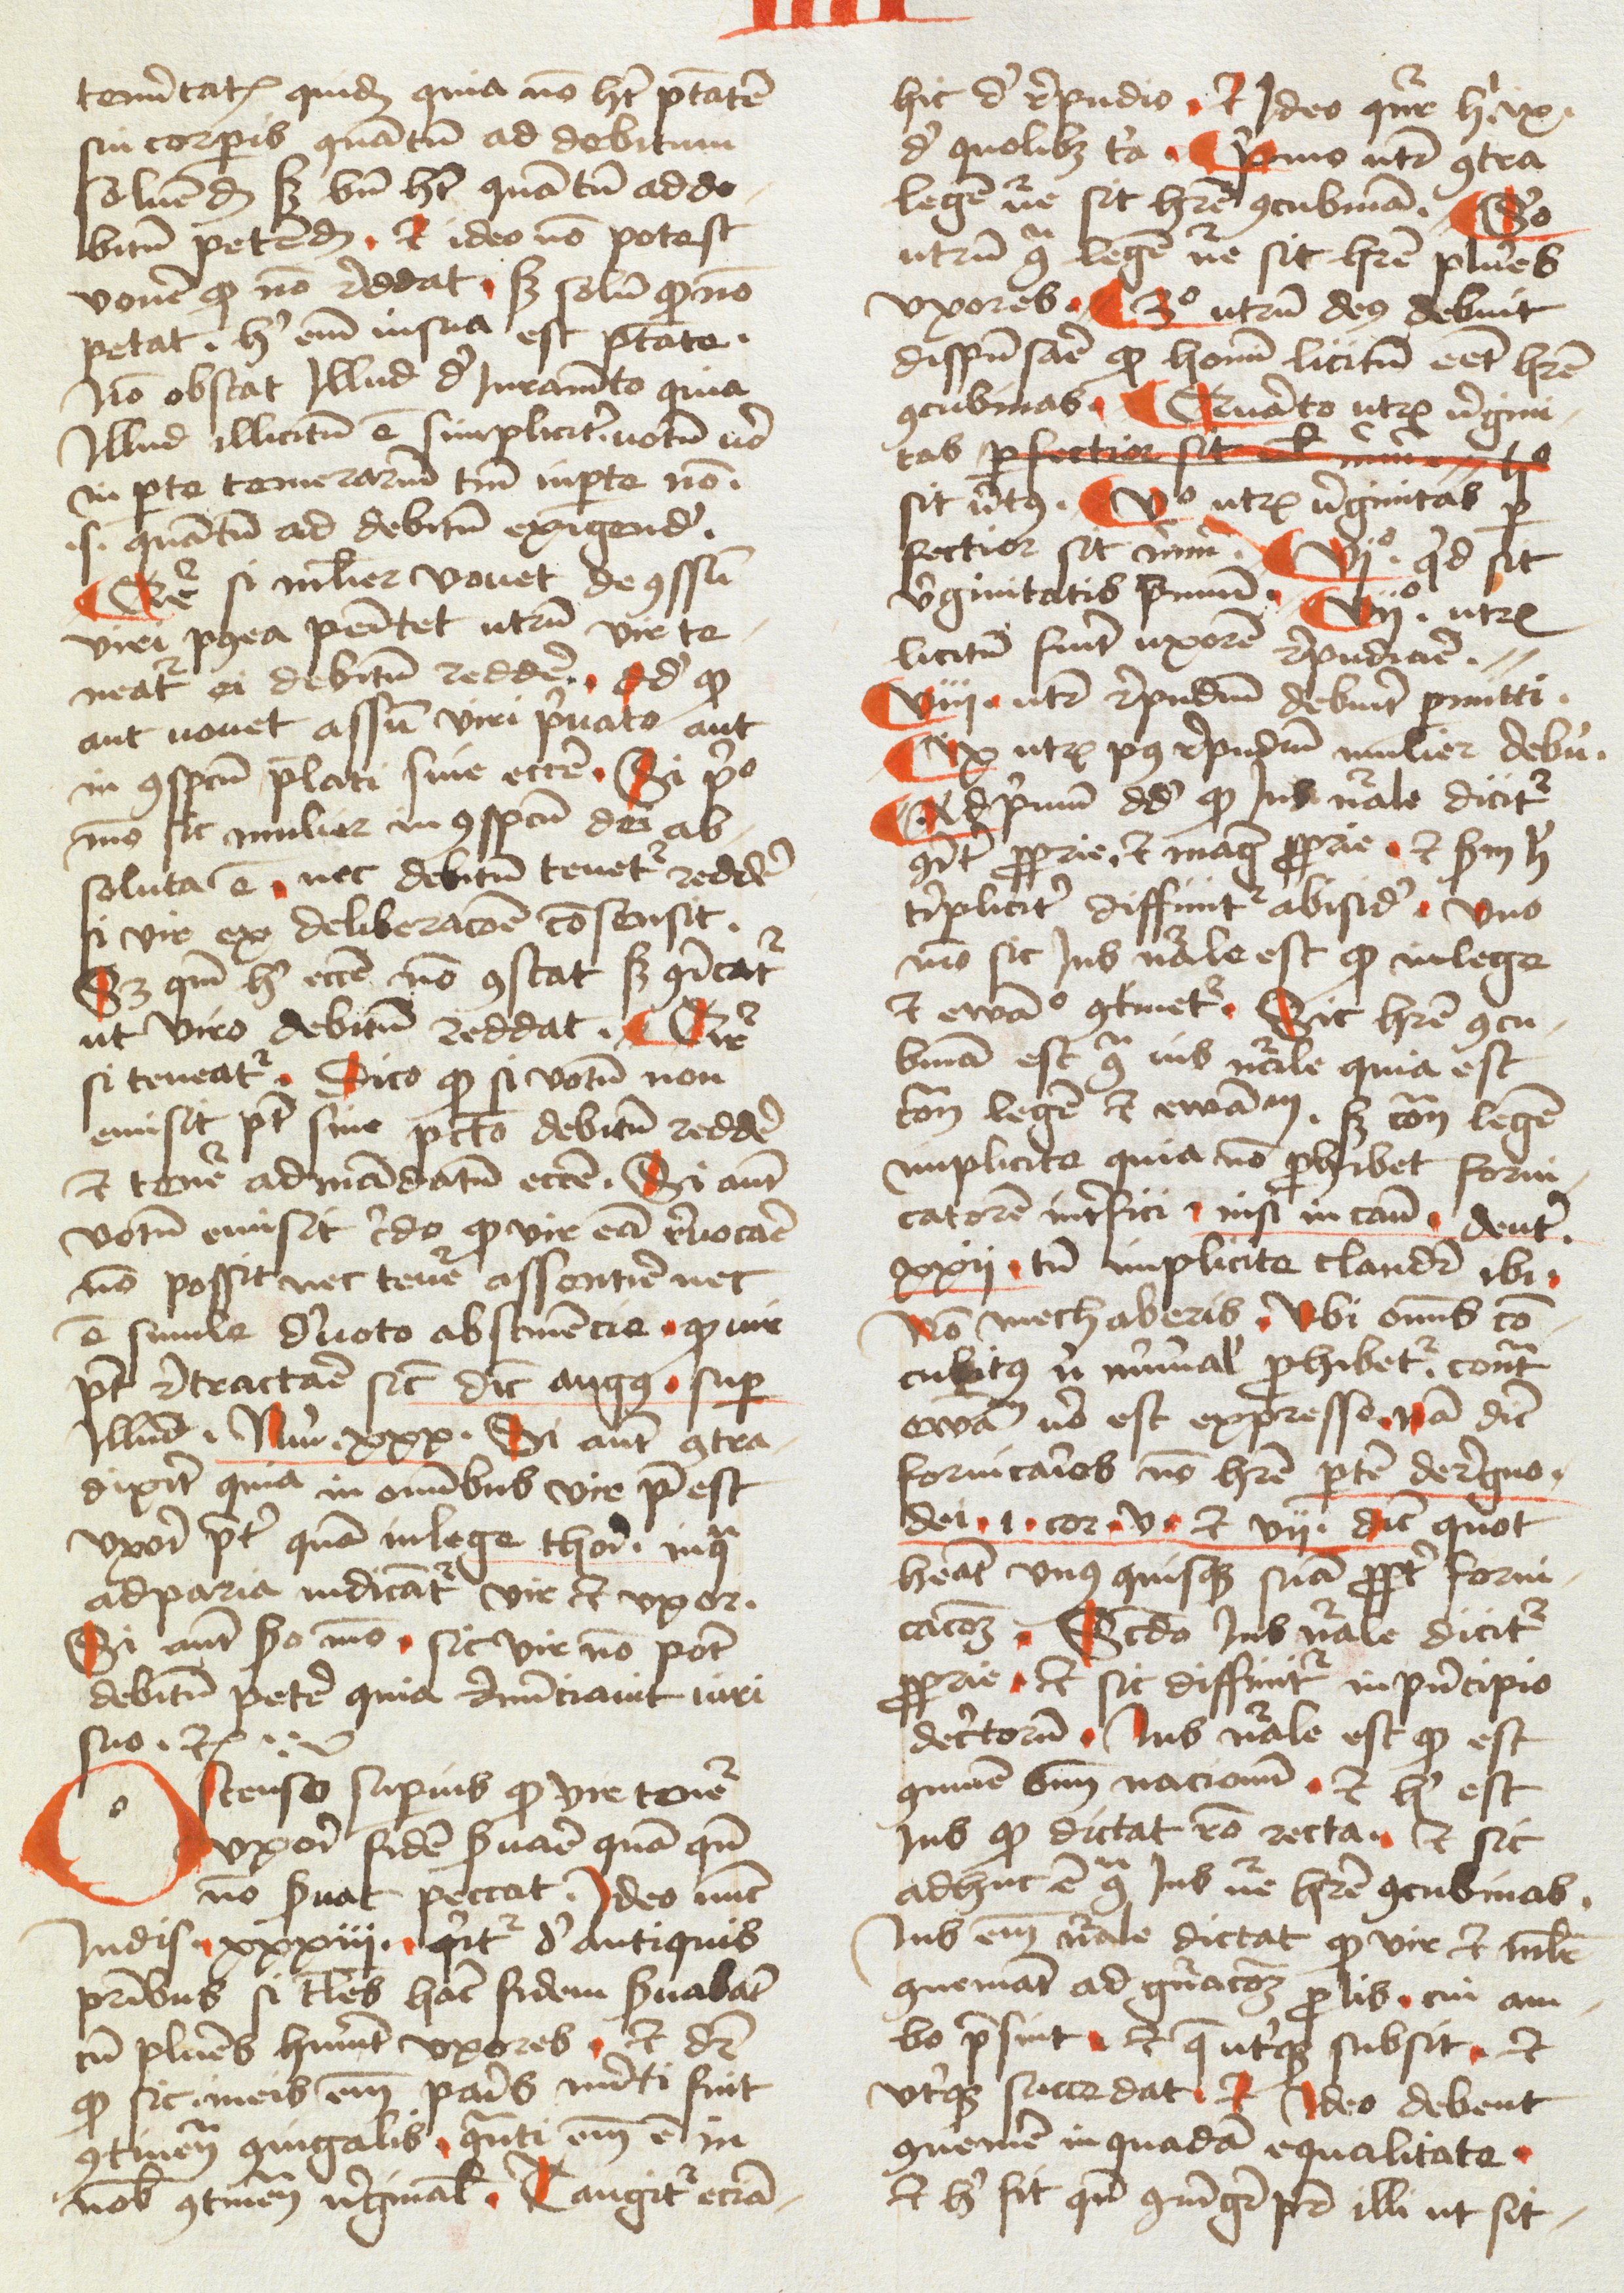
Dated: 1478–1478